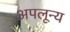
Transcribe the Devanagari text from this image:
अपलून्य